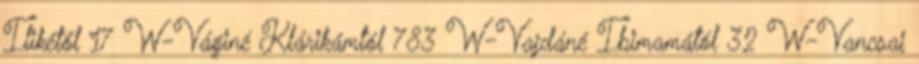
Ilikétől 17 W-Váginé Klárikámtól 783 W-Vajdáné Ibimamától 32 W-Vancsai